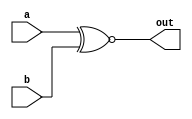
module top_module( 
    input a, 
    input b, 
    output out );
    assign out = a~^b ;//The bitwise-XOR operator is ^. There is no logical-XOR operator.
endmodule